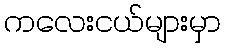
ကလေးငယ်များမှာ